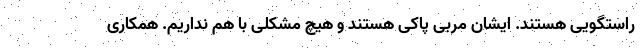
راستگویی هستند. ایشان مربی پاکی هستند و هیچ مشکلی با هم نداریم. همکاری